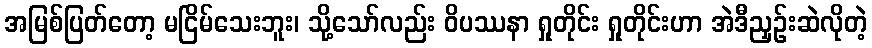
အမြစ်ပြတ်တော့ မငြိမ်သေးဘူး၊ သို့သော်လည်း ဝိပဿနာ ရှုတိုင်း ရှုတိုင်းဟာ အဲဒီညှဉ်းဆဲလိုတဲ့